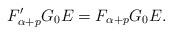
LaTeX: \begin{align*}F'_{\alpha+p}G_0E=F_{\alpha+p}G_0E.\end{align*}